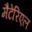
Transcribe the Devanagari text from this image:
मैटेरिएल